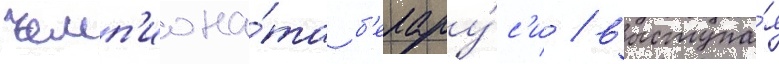
чемп'иона́та б'елару́с'и / выступа́я